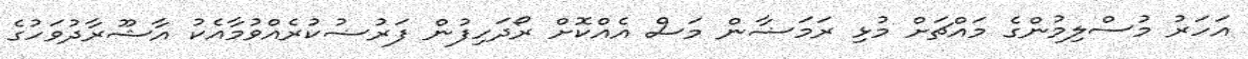
އަހަރު މުސްލިމުންގެ މައްޗަށް މުޅި ރަމަޟާން މަސް އެއްކޮށް ރޯދަހިފުން ފަރުޟުކުރެއްވުމާއެކު އާޝޫރާދުވަހުގެ